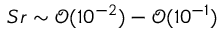
S r \sim \mathcal { O } ( 1 0 ^ { - 2 } ) - \mathcal { O } ( 1 0 ^ { - 1 } )